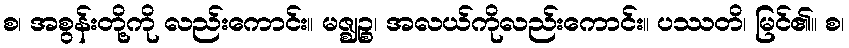
စ၊ အစွန်းတို့ကို လည်းကောင်း။ မဇ္ဈဉ္စ၊ အလယ်ကိုလည်းကောင်း။ ပဿတိ၊ မြင်၏။ စ၊